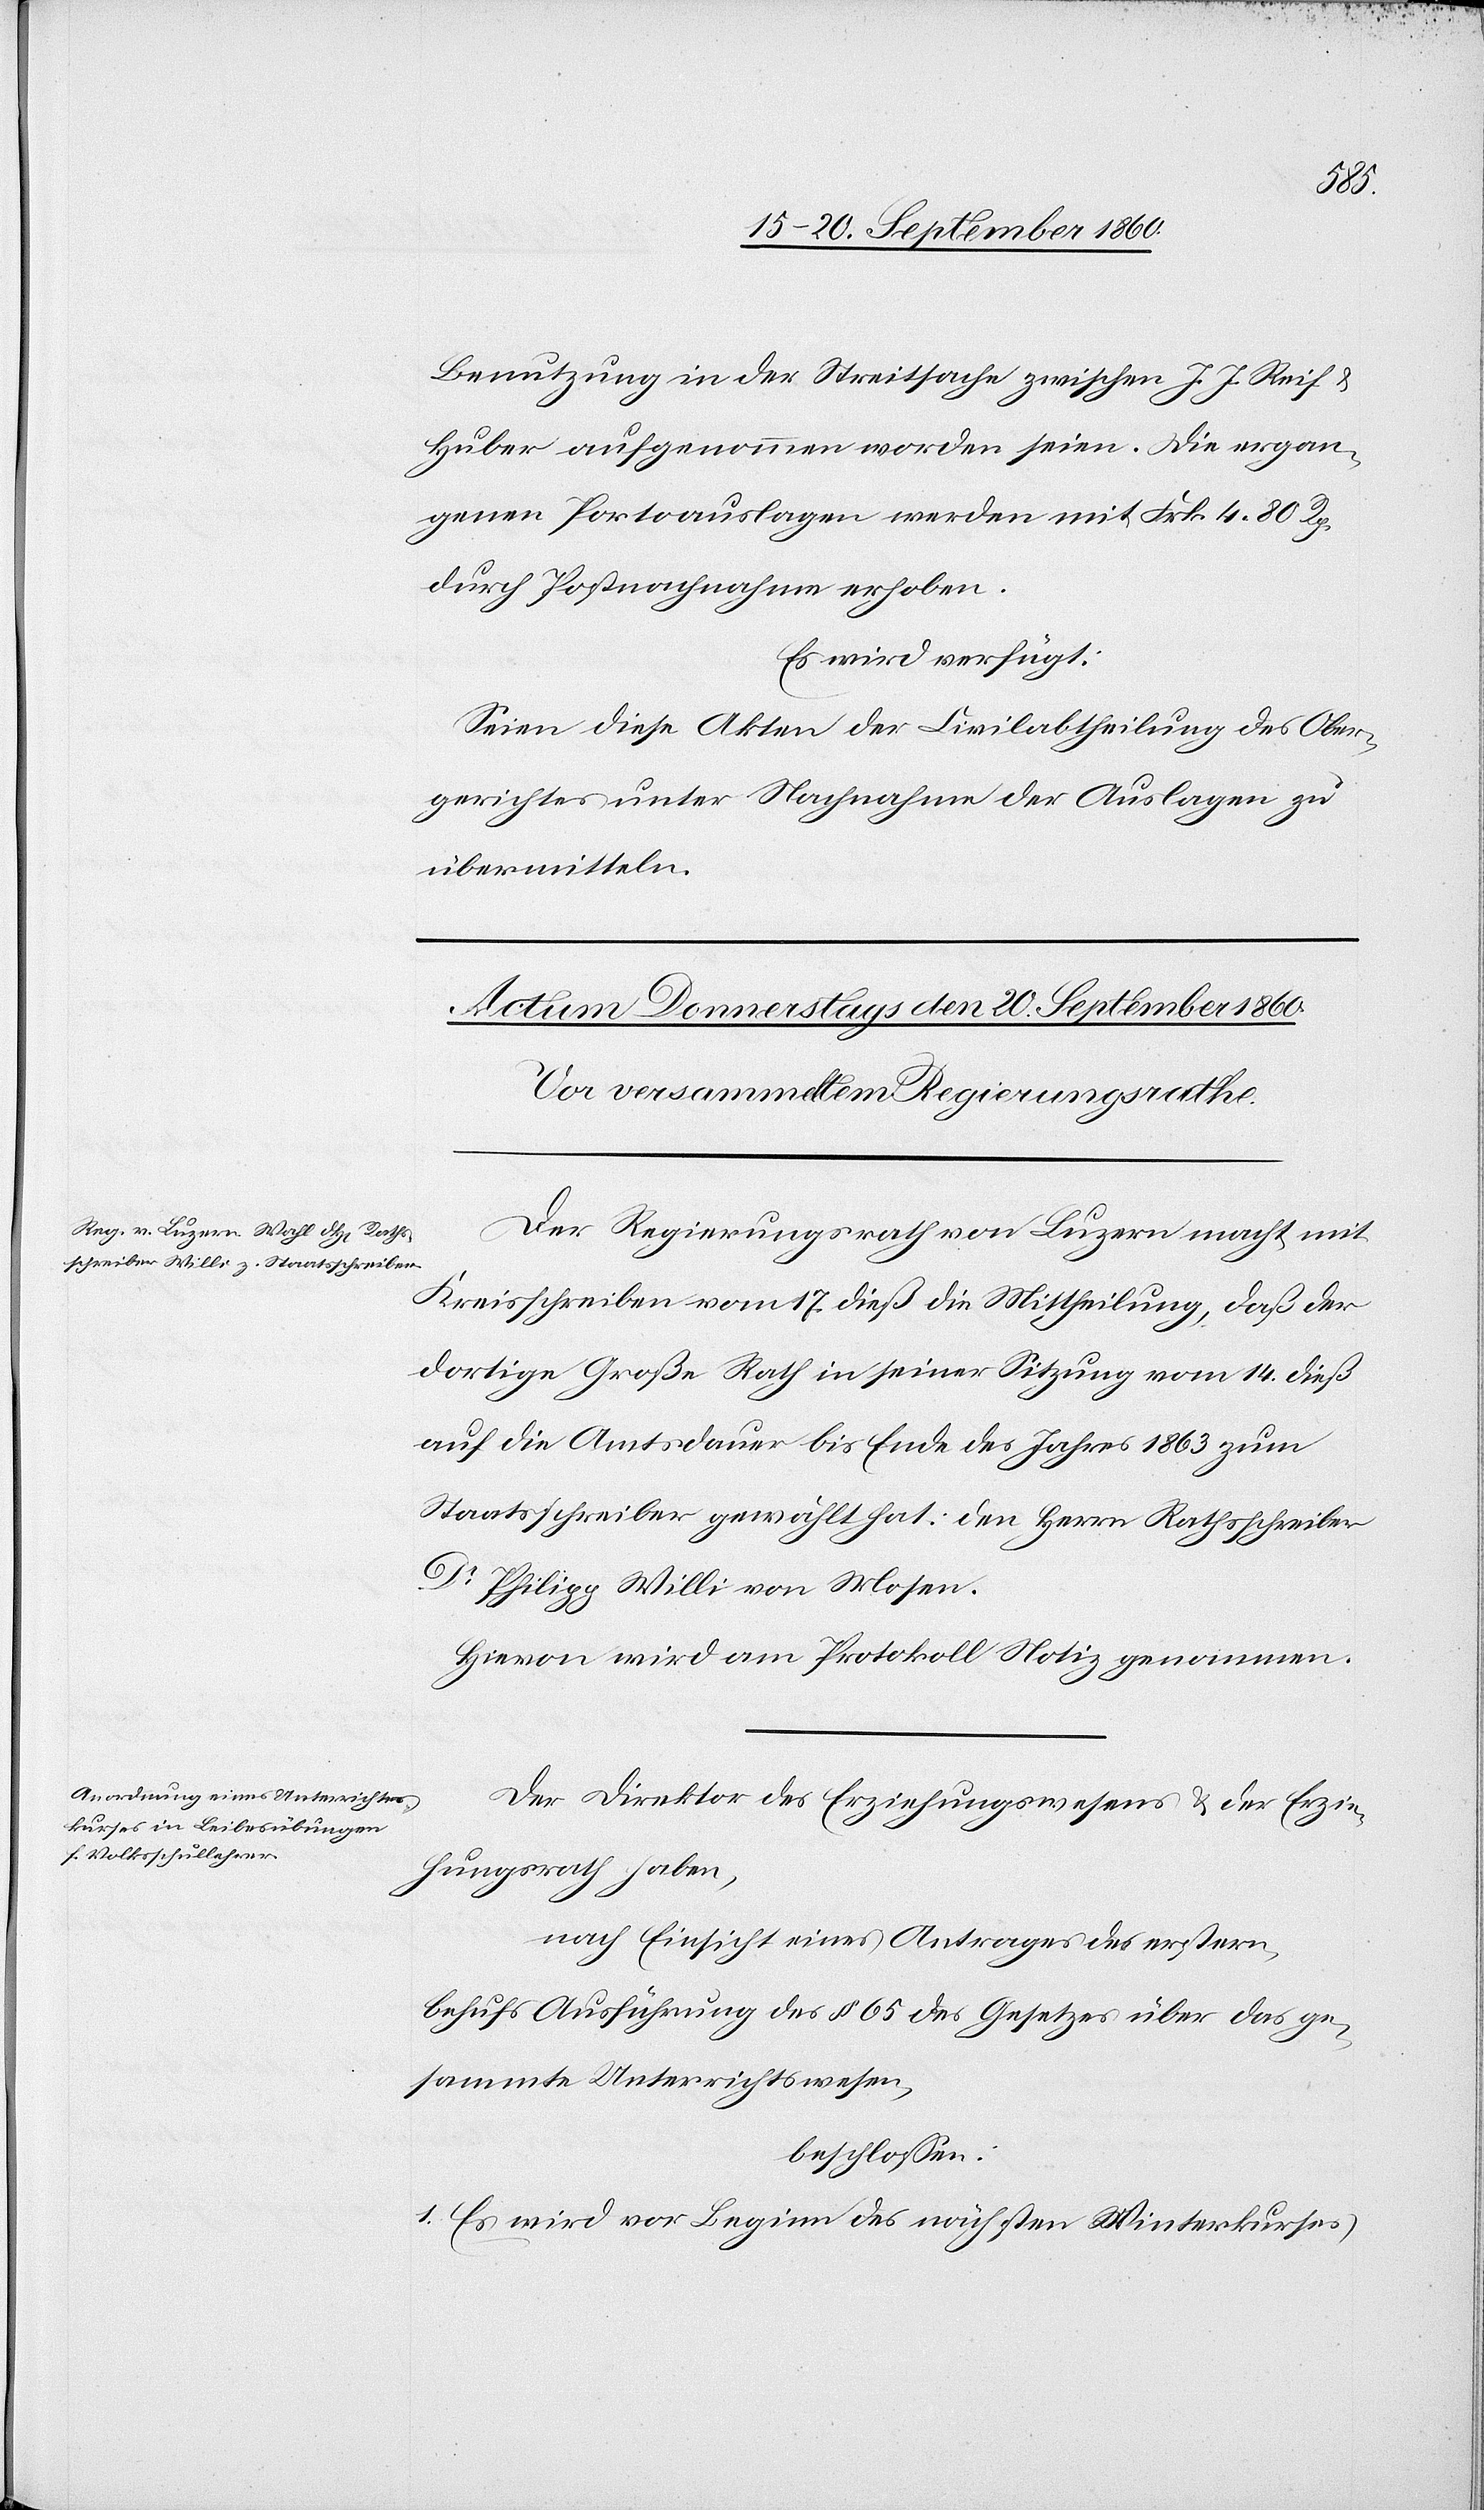
Benutzung in der Streitsache zwischen J. J. Reif &
Huber aufgenommen worden seien. Die ergan¬
genen Portoauslagen werden mit Frk. 4. 80 Rp.
durch Postnachnahme erhoben.
Es wird verfügt:
Seien diese Akten der Civilabtheilung des Ober¬
gerichtes unter Nachnahme der Auslagen zu
übermitteln.
Der Regierungsrath von Luzern macht mit
Kreisschreiben vom 17. dieß die Mittheilung, daß der
dortige Große Rath in seiner Sitzung vom 14. dieß
auf die Amtsdauer bis Ende des Jahres 1863 zum
Staatsschreiber gewählt hat: den Herrn Rathsschreiber
Dr Philipp Willi von Mosen.
Hievon wird am Protokoll Notiz genommen.
Der Direktor des Erziehungswesens & der Erzie¬
hungsrath haben,
nach Einsicht eines Antrages des erstern,
behufs Ausführung des § 65 des Gesetzes über das ge¬
sammte Unterrichtswesen,
beschlossen:
1. Es wird vor Beginn des nächsten Winterkurses